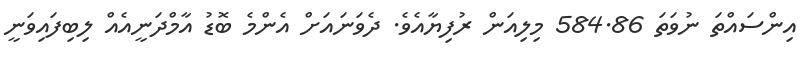
އިންސައްތަ ނުވަތަ 584.86 މިލިއަން ރުފިޔާއެވެ. ދެވަނައަށް އެންމެ ބޮޑު އާމްދަނީއެއް ލިބިފައިވަނީ